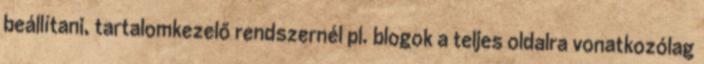
beállítani, tartalomkezelő rendszernél pl. blogok a teljes oldalra vonatkozólag